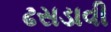
ઢસડાવી